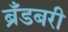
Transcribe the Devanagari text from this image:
ब्रँडबरी